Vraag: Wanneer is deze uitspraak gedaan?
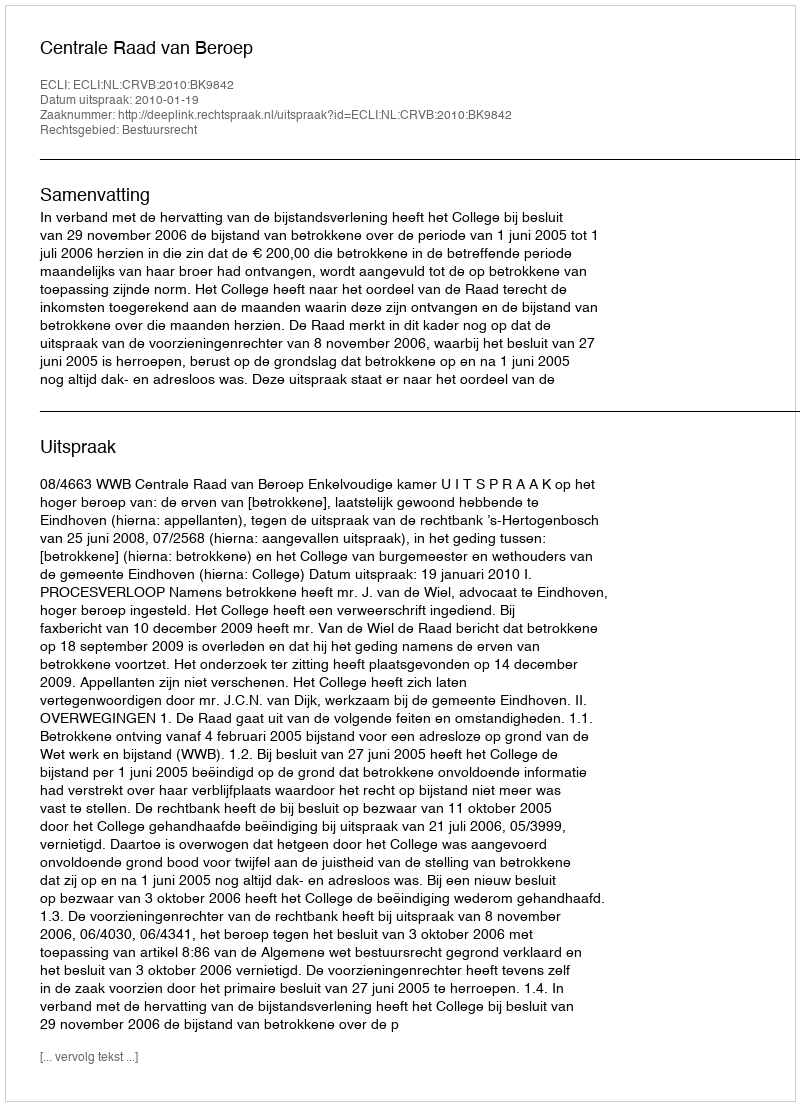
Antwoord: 2010-01-19